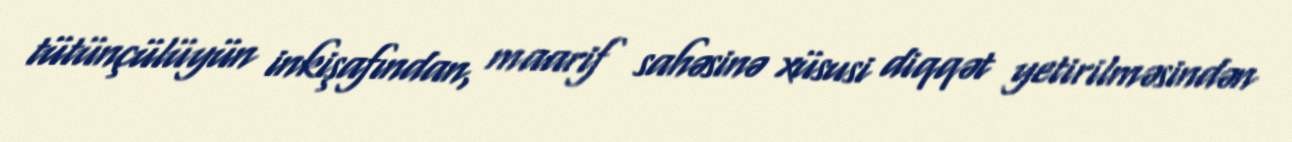
tütünçülüyün inkişafından, maarif sahəsinə xüsusi diqqət yetirilməsindən